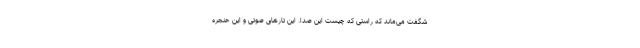
شگفت می‌ماند که راستی که چیست این صدا. این تارهای صوتی و این حنجره